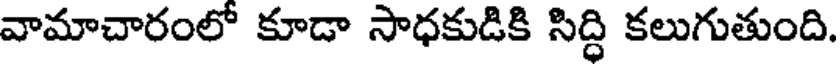
వామాచారంలో కూడా సాధకుడికి సిద్ధి కలుగుతుంది.